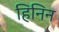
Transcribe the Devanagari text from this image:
हिनिन